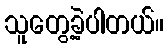
သူတွေ့ခဲ့ပါတယ်။